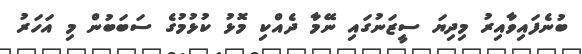
ބުނެފައިވާއިރު މިދިޔަ ސީޒަނުގައި ނޭމާ ދެއްކި މޮޅު ކުޅުމުގެ ސަބަބުން މި އަހަރު